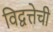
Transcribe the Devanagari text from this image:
विद्वत्तेची